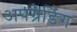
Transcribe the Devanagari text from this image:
अपग्रेडिंग